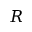
\cal R